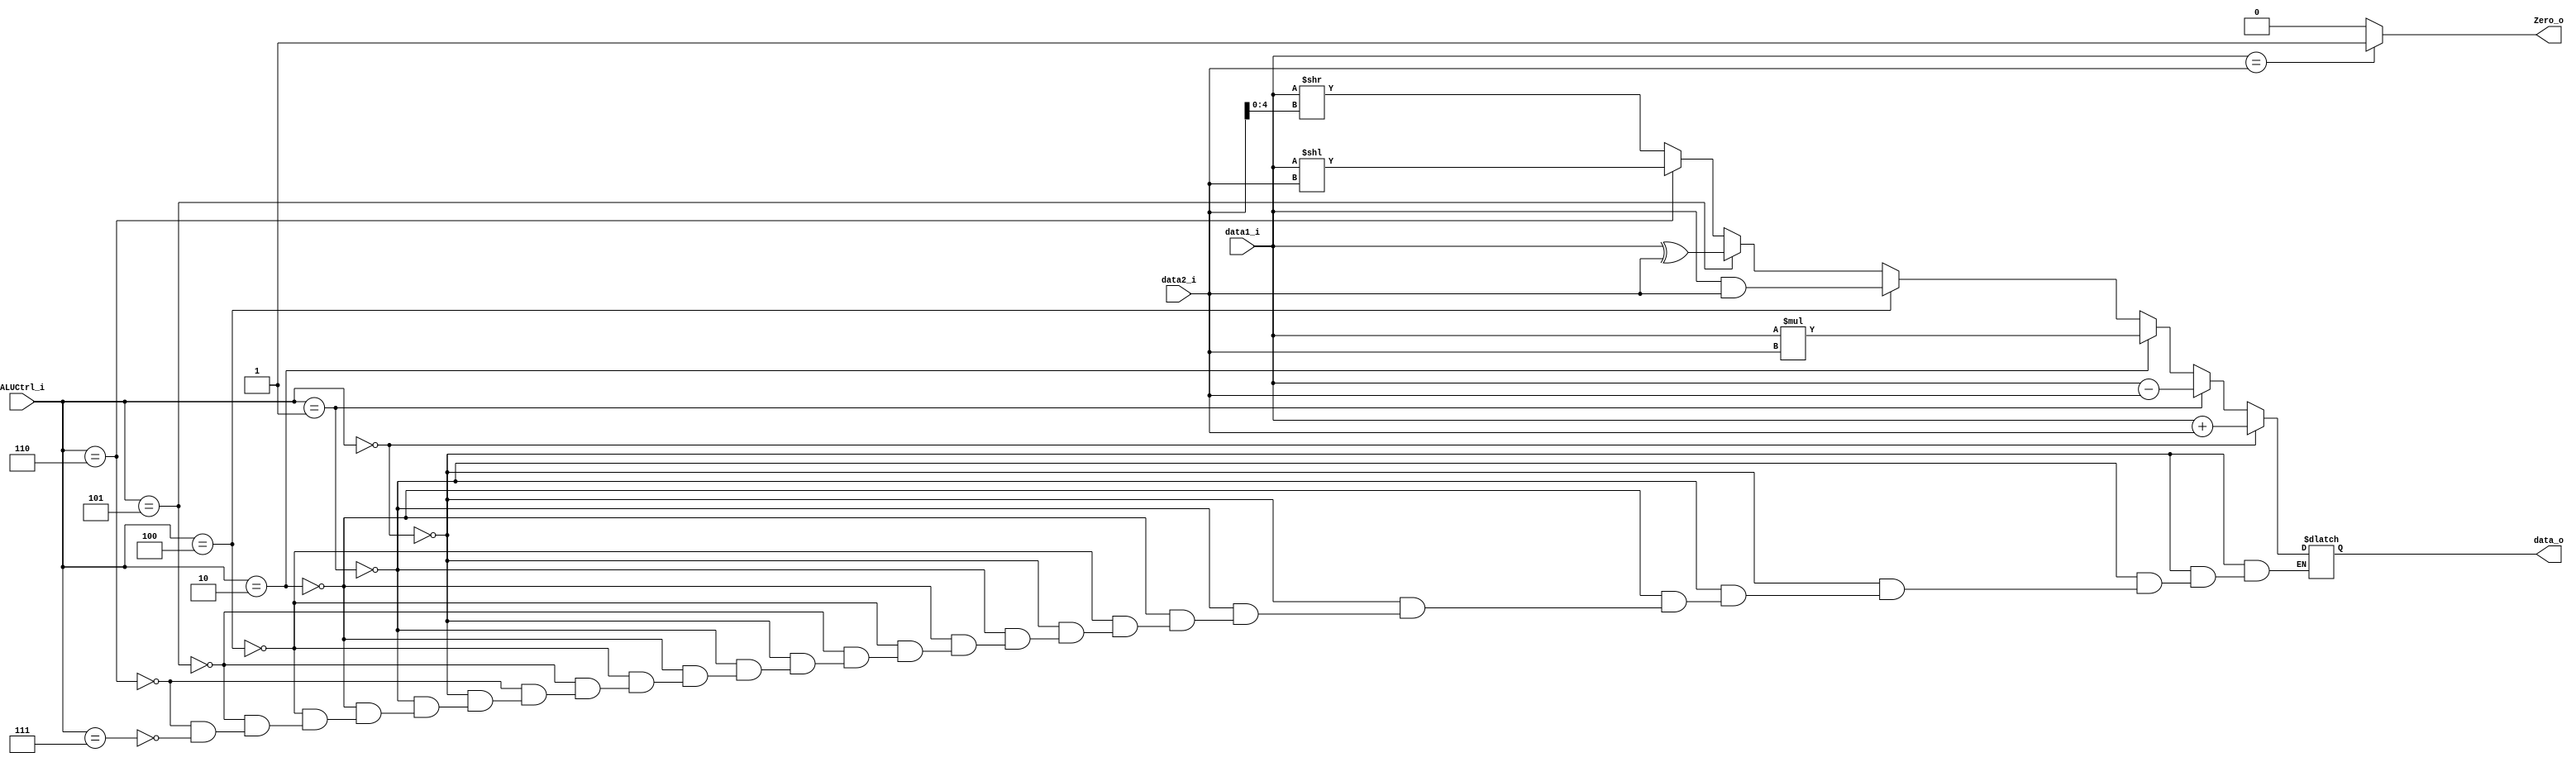
module ALU(
    data1_i,
    data2_i,
    ALUCtrl_i,
    data_o,
    Zero_o
);

input signed [31:0] data1_i;
input signed [31:0] data2_i;
input [2:0] ALUCtrl_i;
output signed [31:0] data_o;
output Zero_o;

reg signed [31:0] data;
reg Zero_o;

assign data_o = data;


always @(*)begin
    if(ALUCtrl_i==3'b000)begin
        data = data1_i + data2_i;
    end
    else if(ALUCtrl_i==3'b001)begin
        data = data1_i - data2_i;

    end
    else if(ALUCtrl_i==3'b010)begin
        data = data1_i*data2_i;
    end
    else if(ALUCtrl_i==3'b100)begin
        data = data1_i&data2_i;
    end
    else if(ALUCtrl_i==3'b101)begin
        data = data1_i^data2_i;
    end
    else if(ALUCtrl_i==3'b110)begin
        data = data1_i<<data2_i;
    end
    else if(ALUCtrl_i==3'b111)begin
        data = data1_i>>data2_i[4:0];
    end
    if(data1_i==data2_i)begin
        Zero_o = 1'b1;
    end
    else begin
        Zero_o = 1'b0;
    end
end 

endmodule